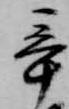
辛